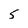
Character: 5